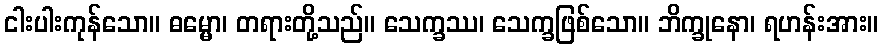
ငါးပါးကုန်သော။ ဓမ္မော၊ တရားတို့သည်။ သေက္ခဿ၊ သေက္ခဖြစ်သော။ ဘိက္ခုနော၊ ရဟန်းအား။